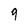
Character: 9